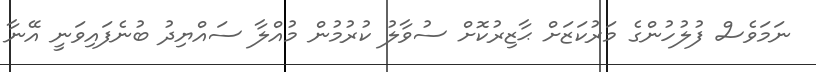
ނަމަވެސް ފުލުހުންގެ މަރުކަޒަށް ޙާޒިރުކޮށް ސުވާލު ކުރުމުން މުއްލާ ސައްޔިދު ބުނެފައިވަނީ އޭނާ